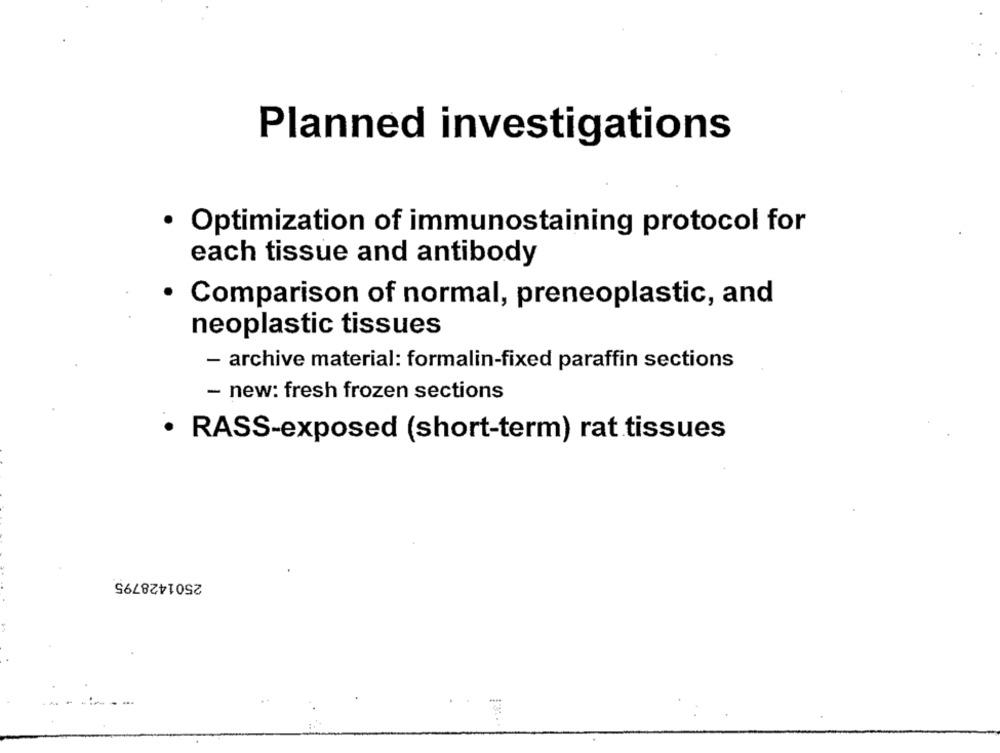
Planned investigations
· Optimization of immunostaining protocol for
each tissue and antibody
· Comparison of normal, preneoplastic, and
neoplastic tissues
- archive material: formalin-fixed paraffin sections
- new: fresh frozen sections
· RASS-exposed (short-term) rat tissues
2501428795